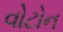
વોટોન